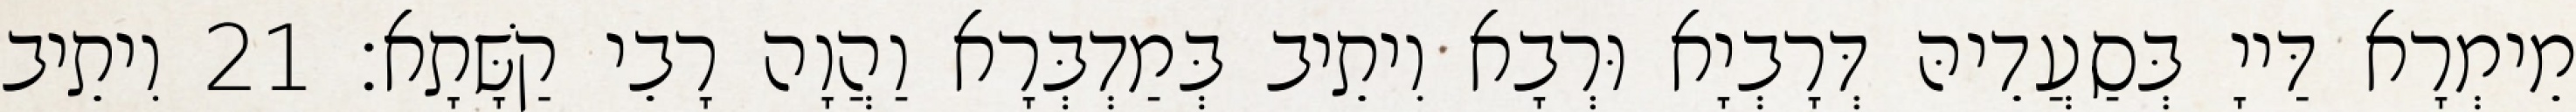
מֵימְרָא דַּייָ בְּסַעֲדֵיהּ דְּרָבְיָא וּרְבָא וִיתֵיב בְּמַדְבְּרָא וַהֲוָה רָבֵי קַשָּׁתָא׃ 21 וִיתֵיב